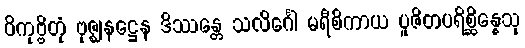
ဝိကုဗ္ဗိတုံ ဗုဇ္ဈနဋ္ဌေန ဒိဿန္တေ သလိင်္ဂေါ မရီစိကာယ ပူဇိတပရိစ္ဆိန္နေသု